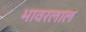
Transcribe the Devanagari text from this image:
भावरलाल